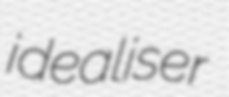
idealiser